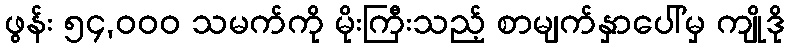
ဖွန်း ၅၄,၀၀၀ သမက်ကို မိုးကြီးသည့် စာမျက်နှာပေါ်မှ ကျိုဒို